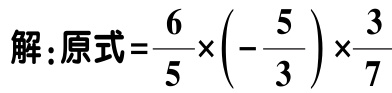
解：原式\(=\frac{6}{5}\times\left(-\frac{5}{3}\right)\times\frac{3}{7}\)